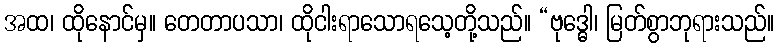
အထ၊ ထိုနောင်မှ။ တေတာပသာ၊ ထိုငါးရာသောရသေ့တို့သည်။ “ဗုဒ္ဓေါ၊ မြတ်စွာဘုရားသည်။